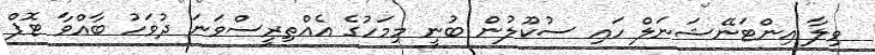
ވިލާ އިންޓަނޭޝަނަލް ހައި ސުކޫލުން ބުނީ މިމަހުގެ އެއްތިރީސްވަނަ ދުވަހު ބާއްވާ ޓޮޕް